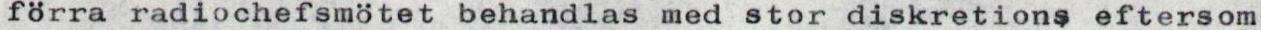
förra radiochefsmötet behandlas med stor diskretions eftersom